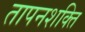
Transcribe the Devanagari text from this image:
तापनशक्ति